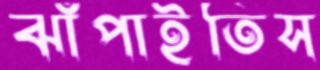
ঝাঁপাইতিস